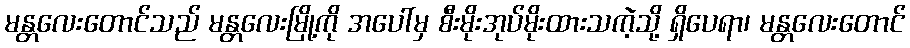
မန္တလေးတောင်သည် မန္တလေးမြို့ကို အပေါ်မှ စီးမိုးအုပ်မိုးထားသကဲ့သို့ ရှိပေရာ၊ မန္တလေးတောင်